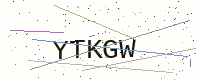
Text: YTKGW